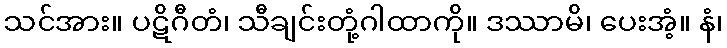
သင်အား။ ပဋိဂီတံ၊ သီချင်းတုံ့ဂါထာကို။ ဒဿာမိ၊ ပေးအံ့။ နံ၊